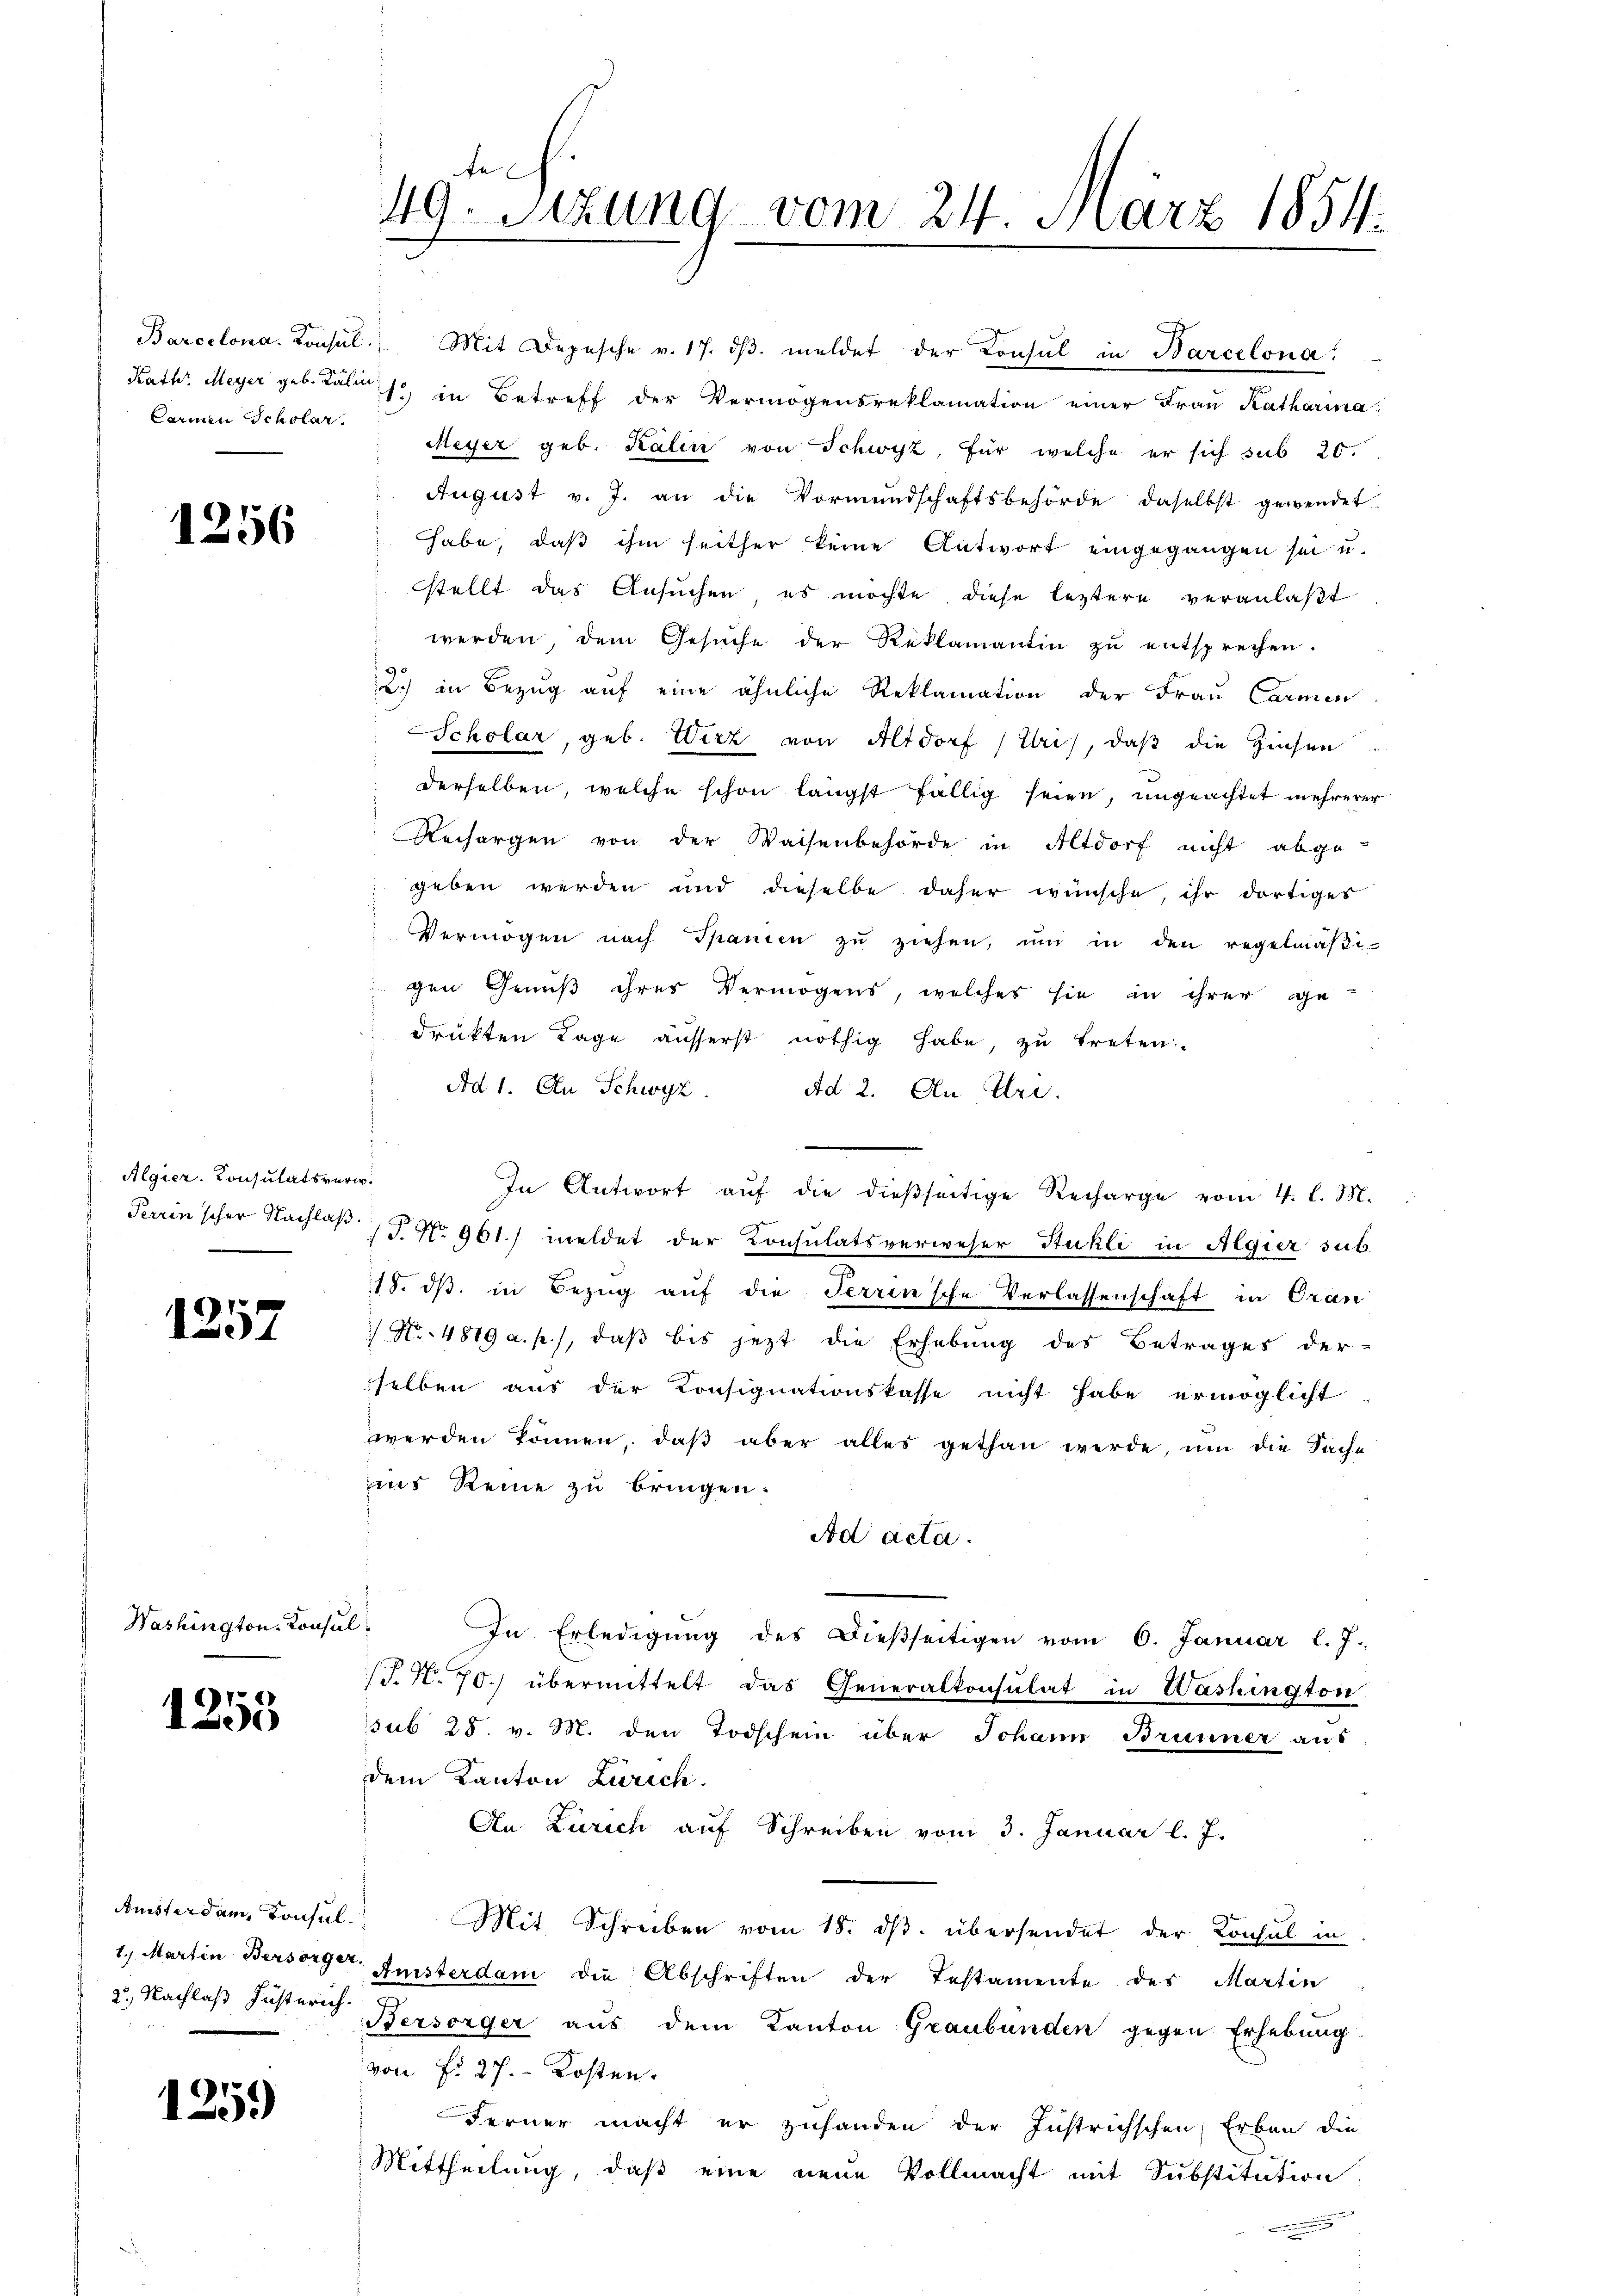
Carmen Scholar.

1256

Algier. Consulatsverw.
|

1
37

Washington-Konsul

1255

Amisterdam, Konsul
1.) Martin Bersorger

1259)

te
49. Sitzung vom 24. März 1854.

Barcelona. Konsul. Mit Depesche v. 17. dβ. meldet der Konsul in Barcelona.
Kathr Meyer geb. Tales in Betreff der Vermögensreklamation einer Fraŭ Katharina
Meyer geb. Kalin von Schwyz, für welche er sich sub 20.
August v. J. an die Vormundschaftsbehörde daselbst gewendet
habe, daß ihm seither keine Antwort eingegangen sei u.
stellt das Ansuchen, es möchte diese leztere veranlaβt
werden, dem Gesŭche der Reklamantin zŭ entsprechen.
2) in Bezug auf eine ähnliche Reklamation der Frau Carmen
Scholar, geb. Wirz von Altdorf (Uri), daß die Zinsen.
derselben, welche schon längst fällig seien, ungeachtet mehrerer
Rechargen von der Waisenbehörde in Altdorf nicht abge-
geben werden und dieselbe daher wünsche, ihr dortiges
Vermögen nach Spanien zŭ ziehen, ŭm in den regelmäβi-
gen Genuß ihres Vermögens, welches sie in ihrer ge
drükten Tage äusserst nöthig habe, zu treten:
Ad 1. An Schwyz. Ad 2. An Ire.
In Antwort aŭf die dießseitige Recharge vom 4. l. M.
Terrin scher Nachlaß P. Nr. 961) meldet der Consulatsverweser Stukli in Algier sub.
18. ds. in Bezug auf die Terrinsche Verlassenschaft in Oran
 No. 4819 a. p.), daß bis jezt die Erhebung des Betrages der-
selben aus der Konsignationskasse nicht habe ermöglicht
werden können, daβ aber alles gethan werde, um die Sache
ins Reine zu bringen.
Ad acta.
In Erledigŭng des dießseitigen vom 6. Januar l. J.
T.N. 70.) übermittelt das Generalkonsulat in Washington
sub 28. v. M. den Todschein über Johann Brunner aus
dem Kanton Zürich.
An Zürich auf Schreiben vom 3. Januar l. J.
Mit Schreiben vom 18. ds. übersendet der Konsul in
Ansterdam die Abschriften der Testamente des Martin
2. Nachlaß Jüsterich Bersorger aus dem Kanton Graubünden gegen Erhebung
von fr. 27. Kosten.
Ferner macht er zuhanden der Justrichschen Erben die
Mittheilung, daß eine neue Vollmacht mit Substitution
n